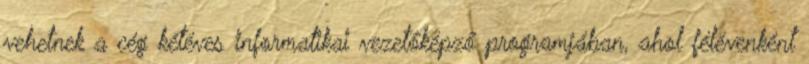
vehetnek a cég kétéves informatikai vezetőképző programjában, ahol félévenként